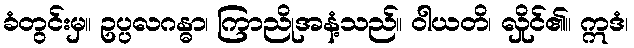
ခံတွင်းမှ။ ဥပ္ပလဂန္ဓာ၊ ကြာညိုအနံ့သည်။ ဝါယတိ၊ လှိုင်၏။ ဣဒံ၊